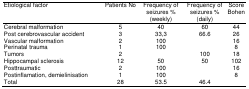
| Etiological factor | Patients No | Frequency of seizures % (weekly) | Frequency of seizures % (daily) | Score Bohen |
 | --- | --- | --- | --- | --- |
 | Cerebral malformation | 5 | 40 | 60 | 44 |
 | Post cerebrovascular accident | 3 | 33,3 | 66.6 | 26 |
 | Vascular malformation | 2 | 100 |  | 16 |
 | Perinatal trauma | 1 | 100 |  | 8 |
 | Tumors | 2 |  | 100 | 18 |
 | Hippocampal sclerosis | 12 | 50 | 50 | 102 |
 | Posttraumatic | 2 | 100 |  | 16 |
 | Postinflamation, demielinisation | 1 | 100 |  | 8 |
 | Total | 28 | 53.5 | 46.4 |  |